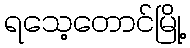
ရသေ့တောင်မြို့